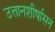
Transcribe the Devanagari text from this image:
उत्तानशीर्षासन